Report on the working of the mental hospitals for Indians in Bihar and Orissa - 1925-1929
Year: 1925
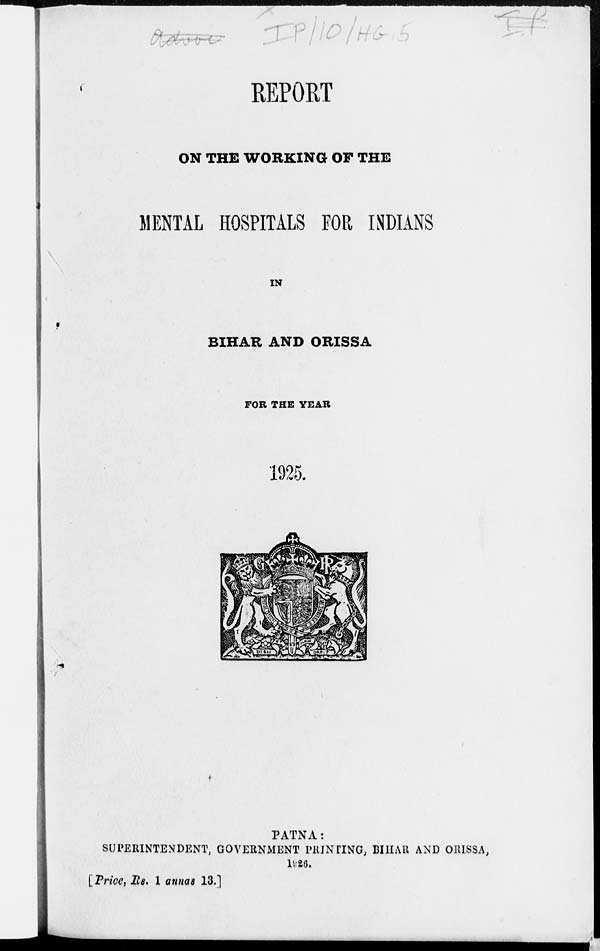
REPORT
ON THE WORKING OF THE
MENTAL HOSPITALS FOR INDIANS
IN
BIHAR AND ORISSA
FOR THE YEAR
1925.
PATNA:
SUPERINTENDENT, GOVERNMENT PRINTING, BIHAR AND ORISSA,
1926.
[Price, Rs. 1 annas 13.]